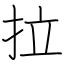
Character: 拉